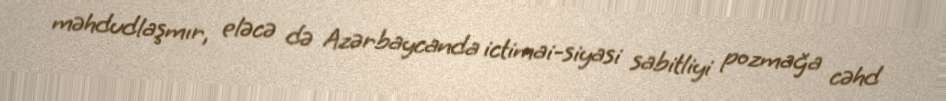
məhdudlaşmır, eləcə də Azərbaycanda ictimai-siyasi sabitliyi pozmağa cəhd